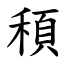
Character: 䅡